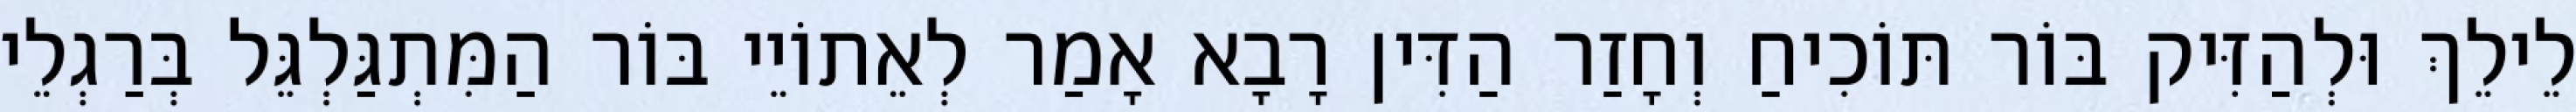
לֵילֵךְ וּלְהַזִּיק בּוֹר תּוֹכִיחַ וְחָזַר הַדִּין רָבָא אָמַר לְאֵתוֹיֵי בּוֹר הַמִּתְגַּלְגֵּל בְּרַגְלֵי